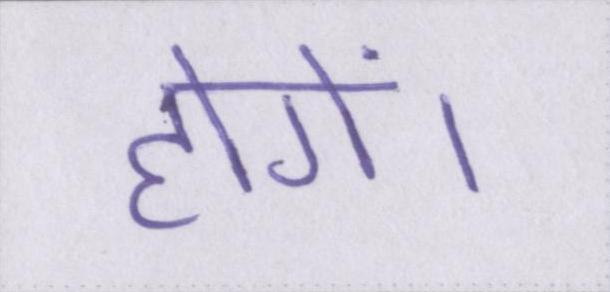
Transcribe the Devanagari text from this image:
होगें।